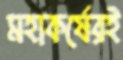
মহাকর্ষেরই